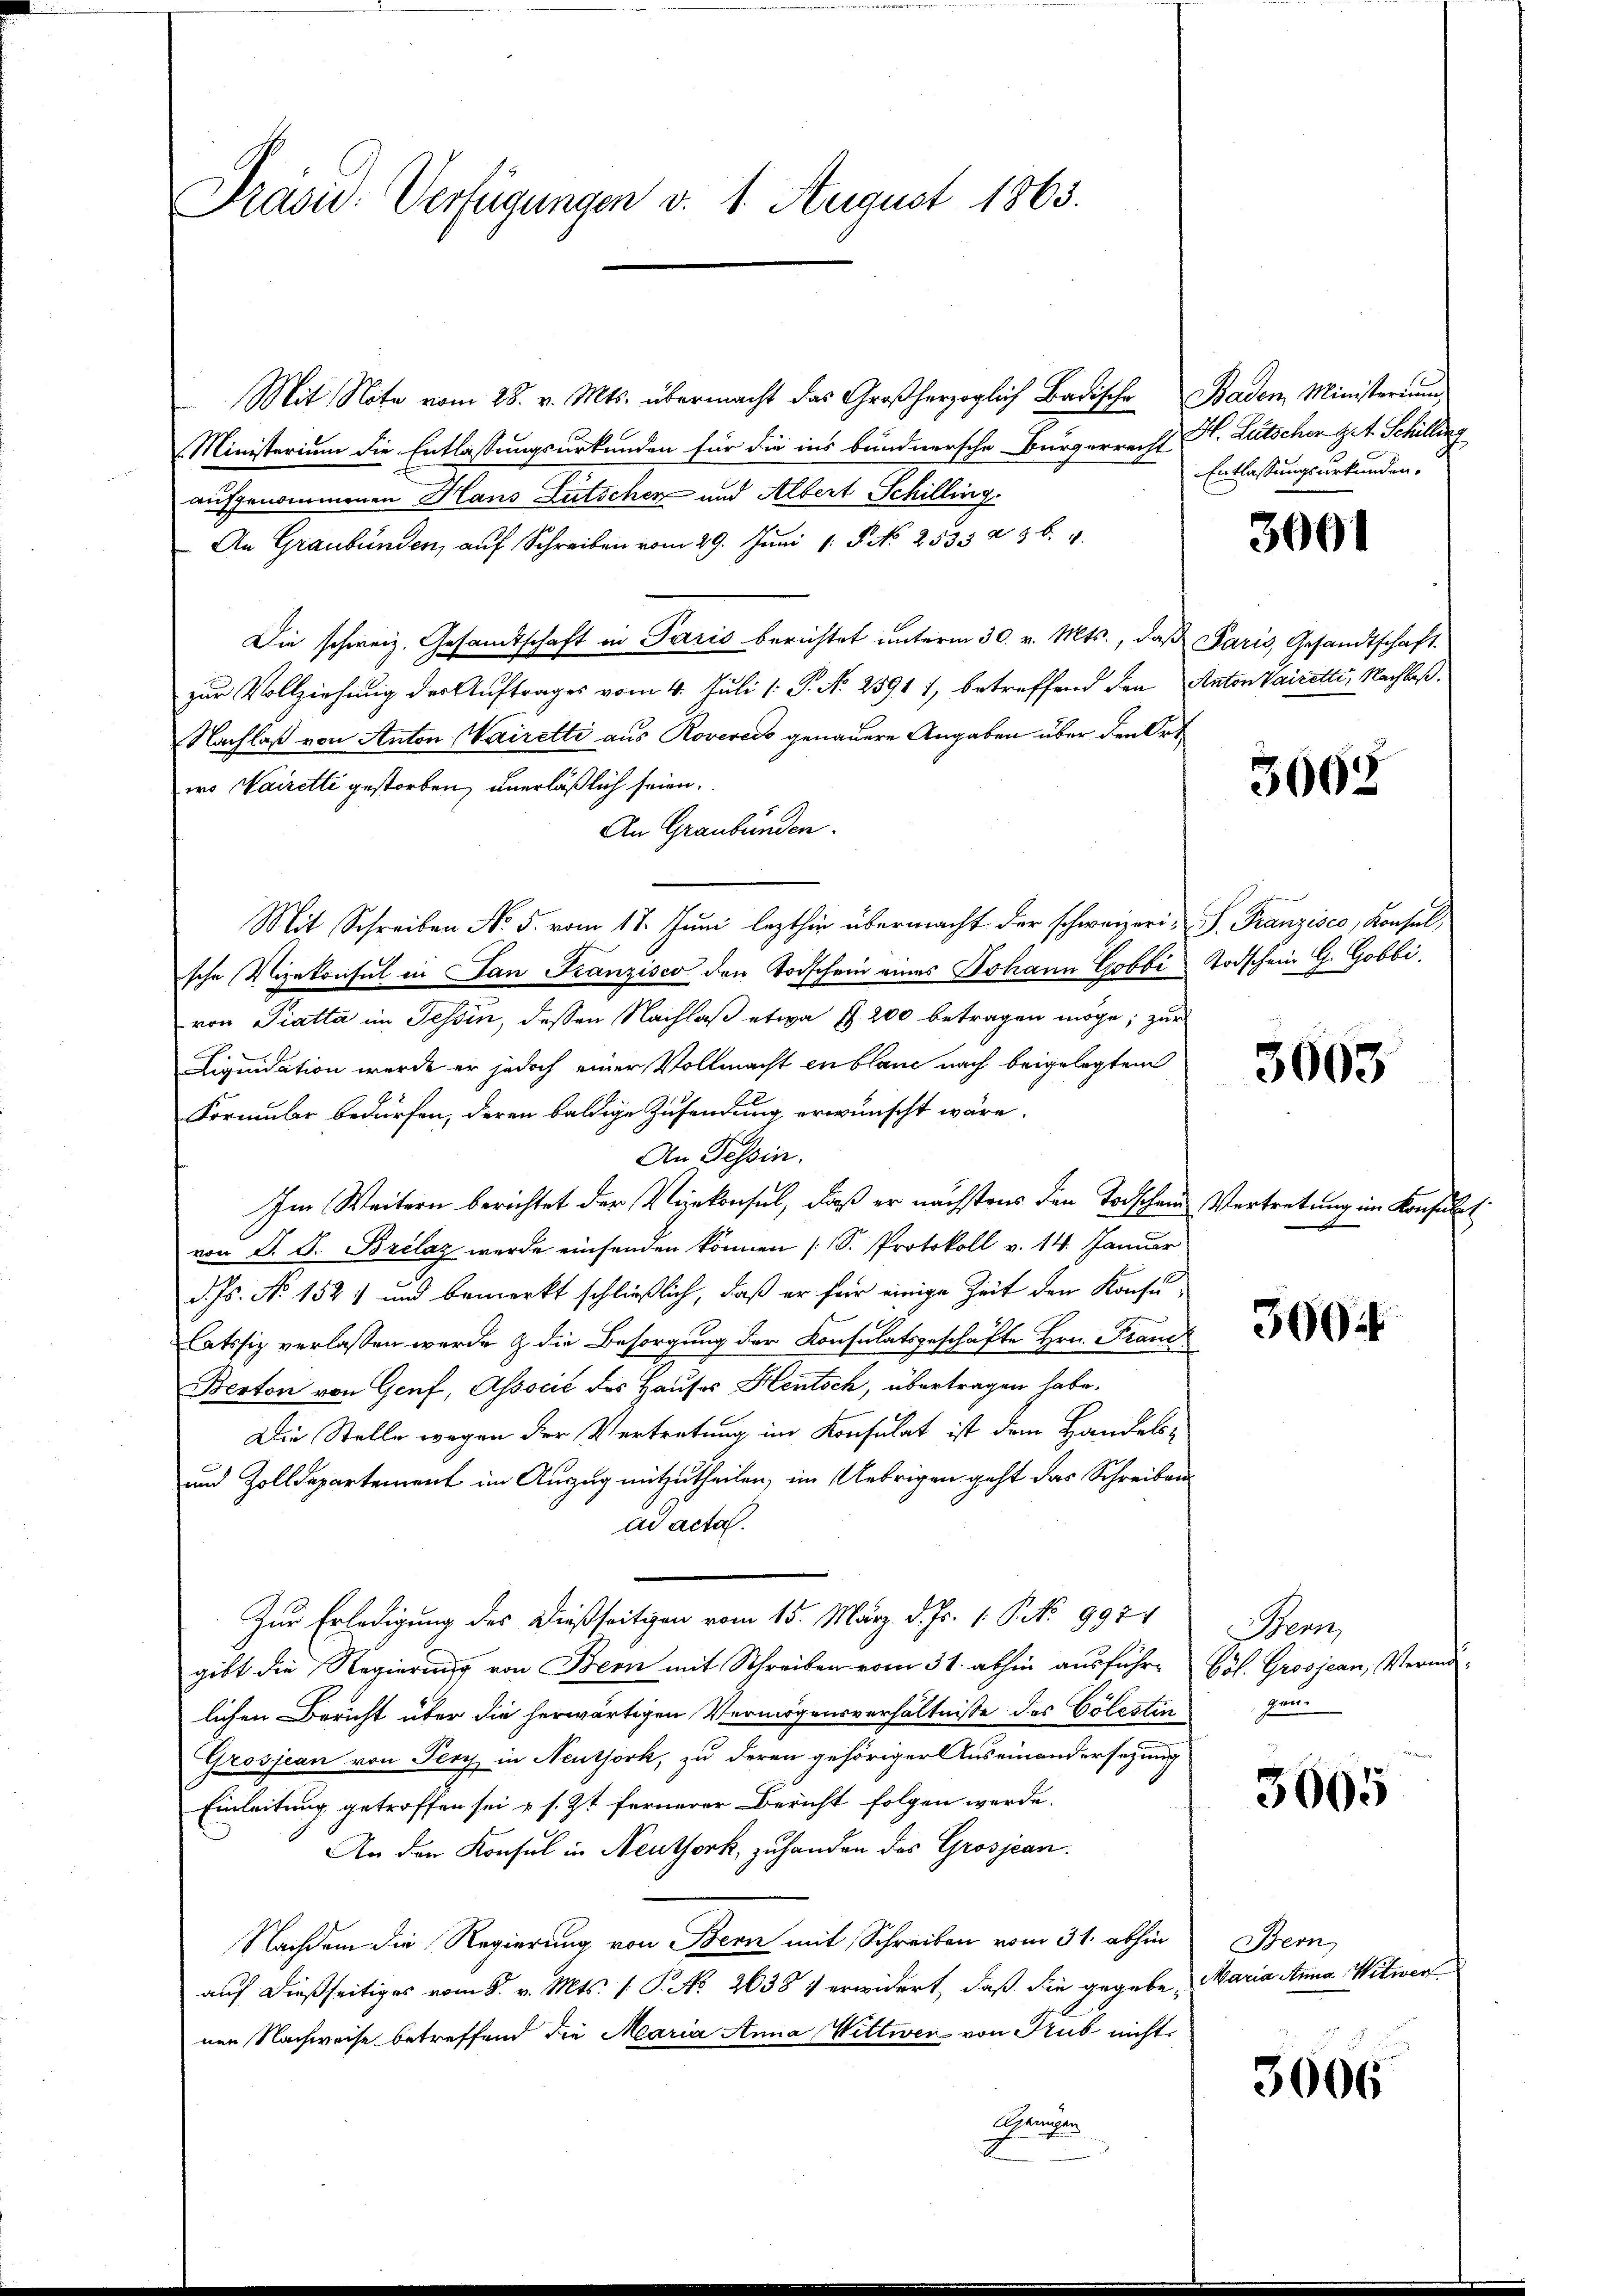
Präsid. Verfügungen v. 1. August 1863.

Mit Note vom 28. v. Mts. übermacht das Großherzoglich Badische Baden Ministerium
Ministerium die Entlassungsurkunden für die ins bundnersche Bürgerrecht Hr. Lütscher gut Schilling
aufgenommenen Haus Lütschen und Albert Schilling-
An Graubünden aŭf Schreiben vom 29. Jŭni 15 No 2533 n 36. 4
Die schweiz. Gesandtschaft in Paris berichtet unterm 30. v. Mts., daß Paris, Gesandtschaft.
zur Vollziehung der Auftrages vom 4. Juli 1: P. N. 2591 1, betreffend den Anton Waizetti, Nachlaß¬
Nachlaß von Anton Wairette aus Rovereis genauere Angaben über den Ortwo Nairetti gestorben, unerläßlich seien.
An Graubünden.
Mit Schreiben No. 5. vom 17. Juni lezthin übermacht der schweizeri, S. Franzisco, Konsul,
sche Vizekonsul in San Franzisco den Todschein eines Johann Gobbi Todschein G. Gobbi.
von Tratta im Tessin, dessen Nachlaß etwa 1. 200 betragen möge; zur
Liquidation werde er jedoch einer Vollmacht en blanc nach beigelegtem
Formular bedürfen, deren baldige Zusendung erwünscht wäre.
An Tessin.
Im Weitern berichtet der Vernkonsul, daß er nächstens den Todschein Vertretung im Konsulat
von S. G. Brilaz werde einsenden können (S. Protokoll v. 14. Januar
d. Js. No 152) und bemerkt schließlich, daß er für einige Zeit den Konsulatssig verlassen werde & die Besorgung der Konsulatsgeschäfte Hrn. Franc
Berton von Genf, Associé des Hauses Heutsch, übertragen habe.
Die Stelle wegen der Vertretung im Konsulat ist dem Handels-
und Zolldepartement im Auszug mitzutheilen, im Uebrigen geht das Schreibens
ad acta.
Zur Erledigung des dießseitigen vom 15. März d. Js. 1. P. Nr. 9974
gibt die Regierung von Bern mit Schreiben vom 31. abhin ausführt bös. Grosjean, Vermölichen Bericht über die herwärtigen Vermögensverhältnisse des Cölestin
Grosjean von Perch in Neuthork, zu deren gehöriger Auseinandersezung
Einleitung getroffen sei u. s. Zt. fernerer Bericht folgen werde.
An den Konsul in Neuthork, zuhanden des Grosjean.
Nachdem die Regierung von Bern mit Schreiben vom 31. abhin
auf dießseitiges vom 8. v. Mts. f. P. No 2638 V erwidert, daß die gegebe Maria Anna Witiver
nen Nachweise betreffend die Maria Anna Vittwen von Rub nicht
Schachten

Entlassungsurkunden.

3001

3605

3003

300.

enn
gen

3605

Bern

3006